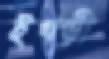
ইখড়ী